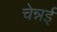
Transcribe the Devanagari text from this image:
चेन्नर्इ